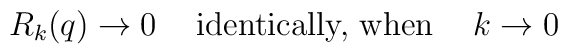
R_k(q)\to 0 \hspace{0.5cm} \hbox{identically,}\  \hbox{when} \hspace{0.5cm} k\to 0\hspace{0.5cm}